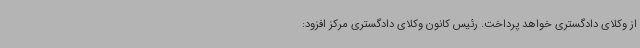
از وکلای دادگستری خواهد پرداخت. رئیس کانون وکلای دادگستری مرکز افزود: